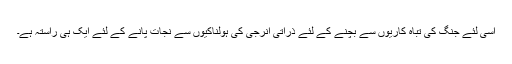
اسی لئے جنگ کی تباہ کاریوں سے بچنے کے لئے ذراتی انرجی کی ہولناکیوں سے نجات پانے کے لئے ایک ہی راستہ ہے۔